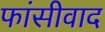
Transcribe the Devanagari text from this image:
फांसीवाद